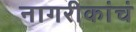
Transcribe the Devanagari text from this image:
नागरीकांचं